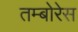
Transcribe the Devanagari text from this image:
तम्बोरेस